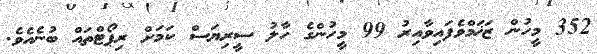
352 މީހުން ޒަޚަމްވެފައިވާއިރު 99 މީހުންގެ ހާލު ސީރިޔަސް ކަމަށް ރިޕޯޓްތައް ބުނެއެވެ.